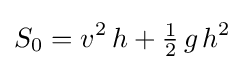
S_{0}=v^{2}\,h+{\tfrac {1}{2}}\,g\,h^{2}